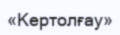
«Кертолғау»